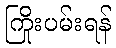
ကြိုးပမ်းရန်